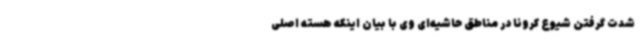
شدت گرفتن شیوع کرونا در مناطق حاشیه‌ای وی با بیان اینکه هسته اصلی